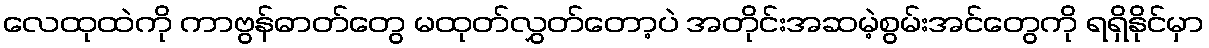
လေထုထဲကို ကာဗွန်ဓာတ်တွေ မထုတ်လွှတ်တော့ပဲ အတိုင်းအဆမဲ့စွမ်းအင်တွေကို ရရှိနိုင်မှာ